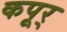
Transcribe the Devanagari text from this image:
कपूर्